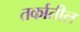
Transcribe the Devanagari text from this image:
तर्कातील